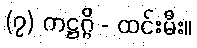
(၇) ကဋ္ဌဂ္ဂိ - ထင်းမီး။